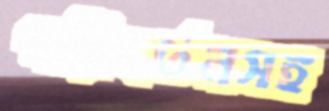
পরিবর্তনসহ